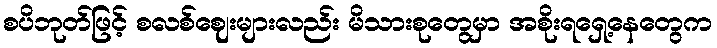
စပိဘုတ်ဖြင့် စလစ်ဈေးများလည်း မိသားစုတွေမှာ အစိုးရရှေ့နေတွေက